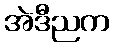
အဲဒီညက